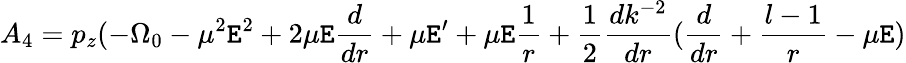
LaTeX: A_{4}=p_{z}(-\Omega_{0}-\mu^{2}\mathtt{E}^{2}+2\mu\mathtt{E}\frac{{d}}{{dr}}+\mu\mathtt{E}^{\prime}+\mu\mathtt{E}\frac{{1}}{{r}}+\frac{{1}}{{2}}\frac{{dk^{-2}}}{{dr}}(\frac{{d}}{{dr}}+\frac{{l-1}}{{r}}-\mu\mathtt{E})